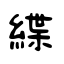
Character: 緤